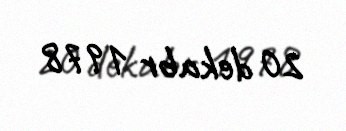
20 dekabr 1978